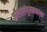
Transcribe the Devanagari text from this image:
कौलालंपूरमधल्या